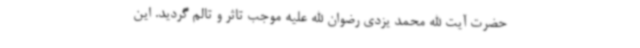
حضرت آیت الله محمد یزدی رضوان الله علیه موجب تاثر و تالم گردید. این